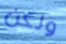
ولكن